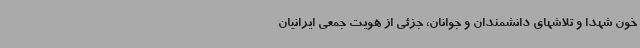
خون شهدا و تلاشهای دانشمندان و جوانان، جزئی از هویت جمعی ایرانیان